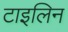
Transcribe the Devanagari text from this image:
टाइलिन